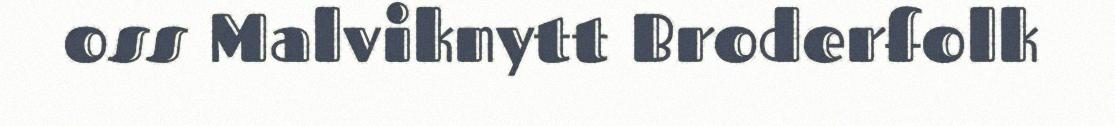
oss Malviknytt Broderfolk